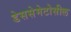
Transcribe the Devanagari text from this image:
डेससेमेटोसील